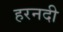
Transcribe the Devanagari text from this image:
हरनदी